system: You are a helpful assistant.
user:
Analyze the provided spectrum to determine if it is a **Carbon Star (C-type)**.

- **Key Visual Indicators of Carbon Star:**
    - **(Primary):** Strong molecular absorption from **C₂ (diatomic carbon) "Swan Bands."** This is the **defining feature** of a carbon star.
        - **(Key Bandheads):** Sharp absorption edges are visible at approximately $5635$ Å, $5165$ Å (the strongest band), and $4737$ Å.
        - **(Line Profile):** Creates a distinct **"saw-tooth"** pattern. The key morphology is a sharp, steep bandhead on the **red (long-wavelength) side**, which then gradually tapers off (i.e., flux recovers) towards the **blue (short-wavelength) side**. *(This is the direct opposite of the TiO bands seen in M-type stars)*.

    - **(Secondary):** Intense **CN (cyanogen)** molecular absorption bands.
        - **(Key Bandheads):** Located in the blue and violet regions of the spectrum (e.g., near $4215$ Å and $3883$ Å).
        - **(Morphology):** These bands are extremely broad and act as a "blanket," absorbing the vast majority of blue and violet light. This creates a characteristic **"cliff"** or **"steep drop-off"** in the spectrum's flux at short wavelengths.

    - **(Key Confirmation):** Strong **CH absorption band (G-band)**.
        - **(Key Bandhead):** Located around $4300$ Å. The contribution from CH molecules to this band is exceptionally strong.

    - **(Overall Spectrum):**
        - The continuum is severely "chopped up" by these deep molecular bands, especially C₂, rather than appearing as a smooth curve.
        - Due to the heavy CN and C₂ absorption in the blue-green, the vast majority of the star's flux is concentrated in the red part of the spectrum, giving the star its characteristic deep red color.

Think first, call **spectral_visualization_tool** if needed to examine features in detail, then provide your final answer. Your response must adhere to the following strict rules:
1.  **Overall Structure:** Your response must follow the format `<think>...</think> <tool_call>...</tool_call> (if a tool is used) <answer>...</answer>`.
2.  **Tool Usage Constraint:** You may only make **one** tool call per turn.
3.  **Final Answer Format:** In the `<answer>` tag, your conclusion must be inside a `\boxed{}` command (e.g., `\boxed{YES}`), followed by your justification.

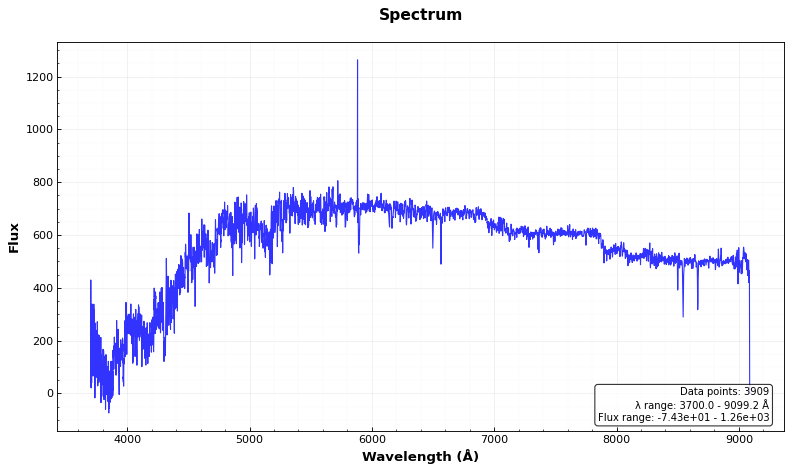
Answer: YES